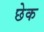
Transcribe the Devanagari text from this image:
छेक